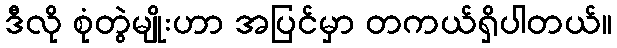
ဒီလို စုံတွဲမျိုးဟာ အပြင်မှာ တကယ်ရှိပါတယ်။